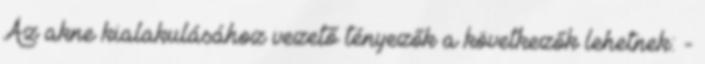
Az akne kialakulásához vezető tényezők a következők lehetnek: -